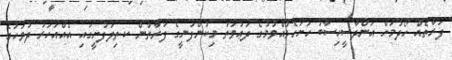
ފަރާތެއް ހޯދުމަށް އަންދާސީހިސާބު ހުށަހެޅުއްވުމުގެ ދަޢުވަތު މިކުންފުނީގެ ފަރާތުން ކ.ތިލަފުށީގައި އެއްއަހަރު ދުވަހުގެ